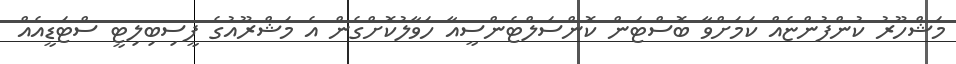
މަޝްހޫރު ކުންފުންޏެއް ކަމަށްވާ ބޮސްޓަން ކޮންސަލްޓެންސީއާ ހަވާލުކޮށްގެން އެ މަޝްރޫއުގެ ފީސިބިލިޓީ ސްޓަޑީއެއް